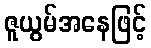
ဇူယွမ်အနေဖြင့်